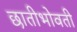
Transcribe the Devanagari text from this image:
छातीभोवती